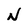
Character: N